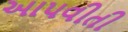
આપવીતી